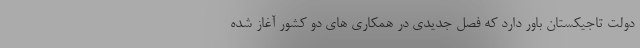
دولت تاجیکستان باور دارد که فصل جدیدی در همکاری های دو کشور آغاز شده